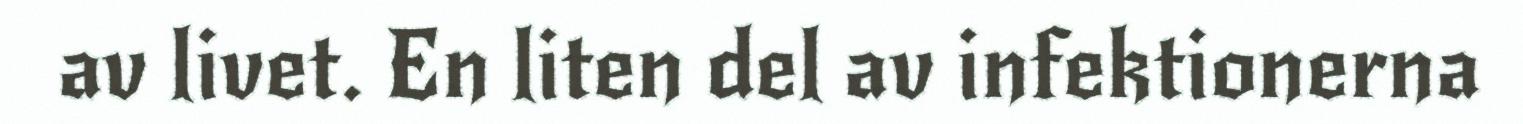
av livet. En liten del av infektionerna